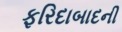
ફરિદાબાદની